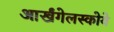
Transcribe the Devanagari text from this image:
आर्खंगेलस्कोये